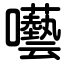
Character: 囈